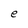
Character: e